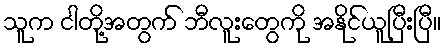
သူက ငါတို့အတွက် ဘီလူးတွေကို အနိုင်ယူပြီးပြီ။